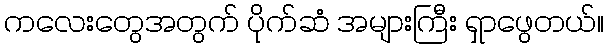
ကလေးတွေအတွက် ပိုက်ဆံ အများကြီး ရှာဖွေတယ်။